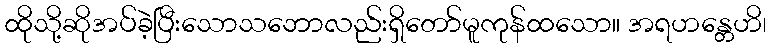
ထိုသို့ဆိုအပ်ခဲ့ပြီးသောသဘောလည်းရှိတော်မူကုန်ထသော။ အရဟန္တေဟိ၊